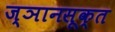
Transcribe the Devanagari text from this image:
ज्ञानसूक्त